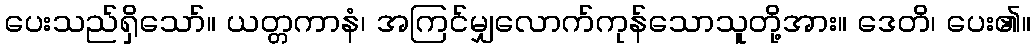
ပေးသည်ရှိသော်။ ယတ္တကာနံ၊ အကြင်မျှလောက်ကုန်သောသူတို့အား။ ဒေတိ၊ ပေး၏။